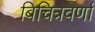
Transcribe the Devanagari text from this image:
बिचित्रवर्णा